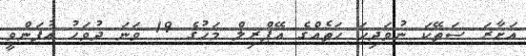
އަށާރަ ސަތޭކަ ނުވަދިހަ ހަތެއްގެ އޭޕްރިލް މަހުގެ 19 ވަނަ ދުވަހު އުފަންވީ